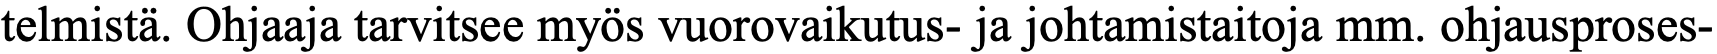
telmistä. Ohjaaja tarvitsee myös vuorovaikutus- ja johtamistaitoja mm. ohjausproses-